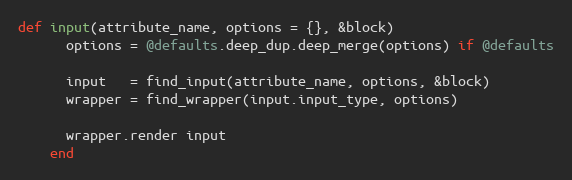
Language: Ruby
def input(attribute_name, options = {}, &block)
      options = @defaults.deep_dup.deep_merge(options) if @defaults

      input   = find_input(attribute_name, options, &block)
      wrapper = find_wrapper(input.input_type, options)

      wrapper.render input
    end